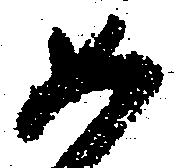
如